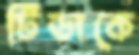
টিডাকে